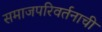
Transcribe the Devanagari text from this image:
समाजपरिवर्तनाची